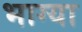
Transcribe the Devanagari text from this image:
भाग्या